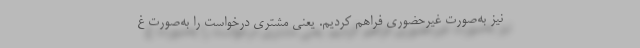
نیز به‌صورت غیرحضوری فراهم کردیم. یعنی مشتری درخواست را به‌صورت غ